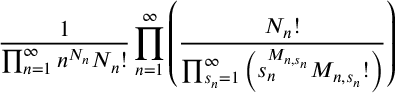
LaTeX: \frac { 1 } { \prod _ { n = 1 } ^ { \infty } n ^ { N _ { n } } N _ { n } ! } \prod _ { n = 1 } ^ { \infty } \left( \frac { N _ { n } ! } { \prod _ { s _ { n } = 1 } ^ { \infty } \left( s _ { n } ^ { M _ { n , s _ { n } } } M _ { n , s _ { n } } ! \right) } \right)